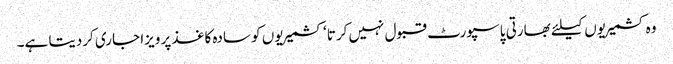
وہ کشمیریوں کیلئے بھارتی پاسپورٹ قبول نہیں کرتا‘ کشمیریوں کو سادہ کاغذ پر ویزا جاری کردیتا ہے۔